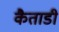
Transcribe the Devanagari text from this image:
कैताडी